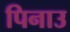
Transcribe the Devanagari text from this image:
पिनाउ